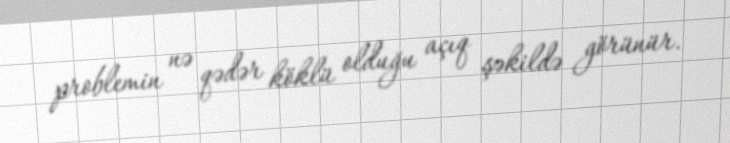
problemin nə qədər köklü olduğu açıq şəkildə görünür.